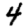
Digit: 4